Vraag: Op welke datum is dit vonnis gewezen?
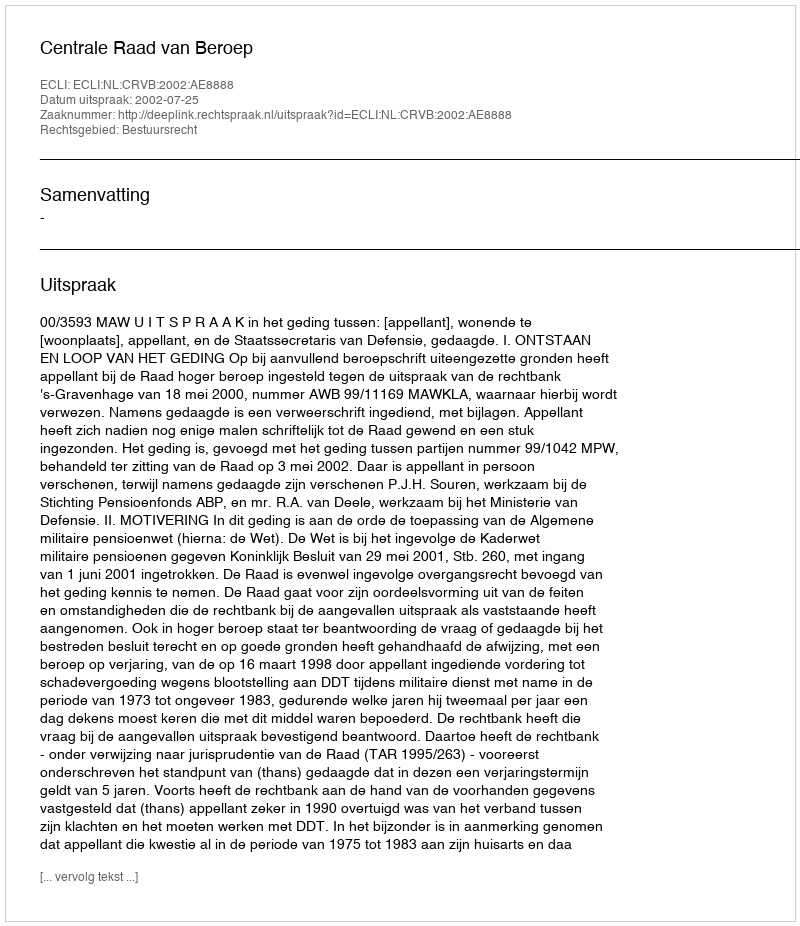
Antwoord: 2002-07-25